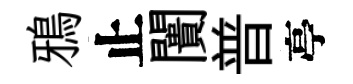
鴉止闠普亭